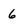
Character: 6